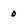
Character: 0